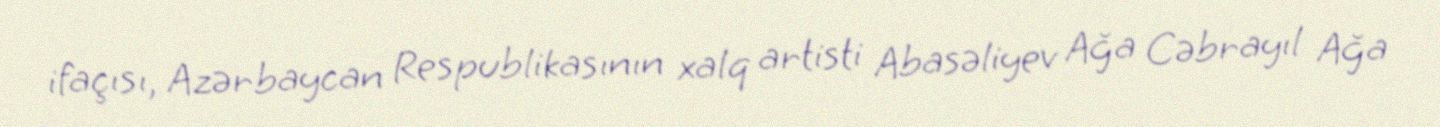
ifaçısı, Azərbaycan Respublikasının xalq artisti Abasəliyev Ağa Cəbrayıl Ağa